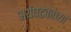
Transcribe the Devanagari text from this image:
अर्थघटकांच्या